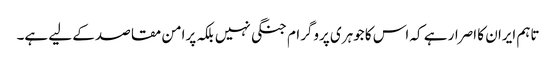
تاہم ایران کا اصرار ہے کہ اس کا جوہری پروگرام جنگی نہیں بلکہ پرامن مقاصد کے لیے ہے۔